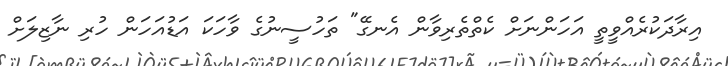
އިރާދަކުރެއްވީތީ އަހަންނަށް ކެތްތެރިވާން އެނގޭ" ތަހުސީނުގެ ވާހަކަ އަޑުއަހަން ހުރި ނާޒިލަށް